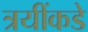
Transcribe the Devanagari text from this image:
त्रयींकडे